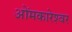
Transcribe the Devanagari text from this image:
ओंमकारेश्‍वर